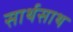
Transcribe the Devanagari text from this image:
सार्थसाथ